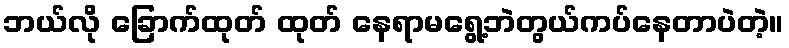
ဘယ်လို ခြောက်ထုတ် ထုတ် နေရာမရွေ့ဘဲတွယ်ကပ်နေတာပဲတဲ့။